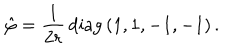
LaTeX: \hat { \varphi } = { \frac { 1 } { 2 r } } \, \mathrm { d i a g } \, ( 1 , 1 , - 1 , - 1 ) \, .